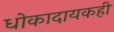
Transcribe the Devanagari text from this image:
धोकादायकही